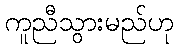
ကူညီသွားမည်ဟု